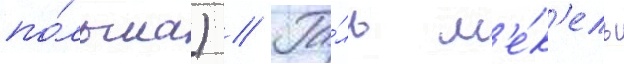
по́льша) // Га́ль м'е́к'ель